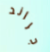
جراند